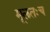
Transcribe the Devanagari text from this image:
मूलतःच